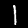
Digit: 1